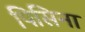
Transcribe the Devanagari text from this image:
पिसिना